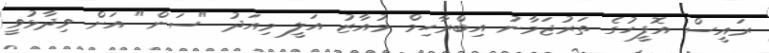
ރައީސް އޮފީހުގެ ތަރުޖަމާނު އިބްރާހިމް މުއާޒު އަލީ މިއަދު "ސަން" އަށް ވިދާޅުވީ